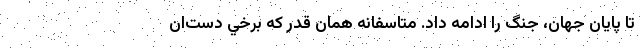
تا پايان جهان، جنگ را ادامه داد. متاسفانه همان قدر كه برخي دست‌ان